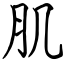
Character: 肌